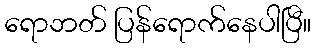
ရောဘတ် ပြန်ရောက်နေပါပြီ။